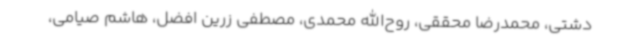
دشتی، محمدرضا محققی، روح‌الله محمدی، مصطفی زرین افضل، هاشم صیامی،